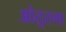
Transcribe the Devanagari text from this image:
ओतूरला